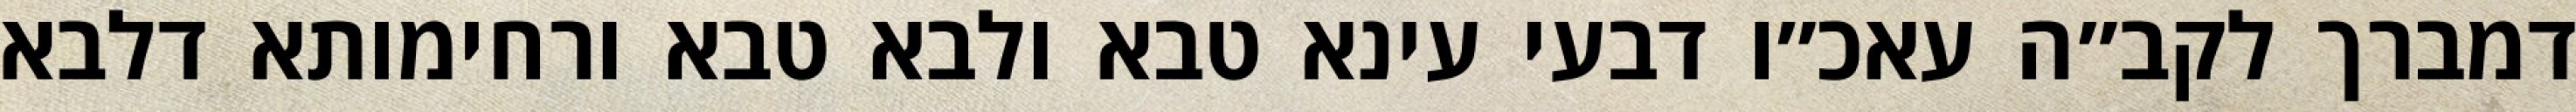
דמברך לקב״ה עאכ״ו דבעי עינא טבא ולבא טבא ורחימותא דלבא